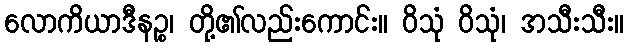
လောကိယာဒီနဉ္စ၊ တို့၏လည်းကောင်း။ ဝိသုံ ဝိသုံ၊ အသီးသီး။